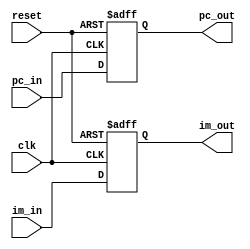
module IF_ID
(
  input [63:0]pc_in,
  input [31:0]im_in,
  input clk,
  input reset,
  output reg [63:0] pc_out,
  output reg [31:0] im_out
);

always @(posedge clk, posedge reset)
begin
  if (reset)
    begin
      pc_out = 0;
      im_out = 0;
    end
  else
    begin
      pc_out = pc_in;
      im_out = im_in;
    end
end
endmodule